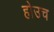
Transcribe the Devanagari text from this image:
होउच